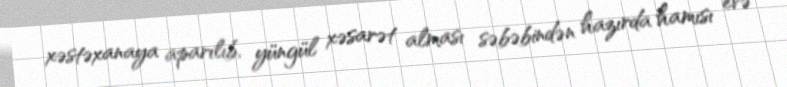
xəstəxanaya aparılıb, yüngül xəsarət alması səbəbindən hazırda hamısı evə